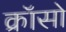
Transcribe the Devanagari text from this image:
क्रॉसो